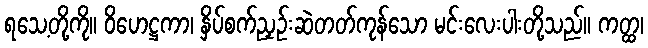
ရသေ့တို့ကို။ ဝိဟေဋ္ဌကာ၊ နှိပ်စက်ညှဉ်းဆဲတတ်ကုန်သော မင်းလေးပါးတို့သည်။ ကတ္ထ၊